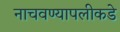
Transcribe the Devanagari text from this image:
नाचवण्यापलीकडे